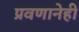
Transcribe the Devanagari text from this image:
प्रवणानेही